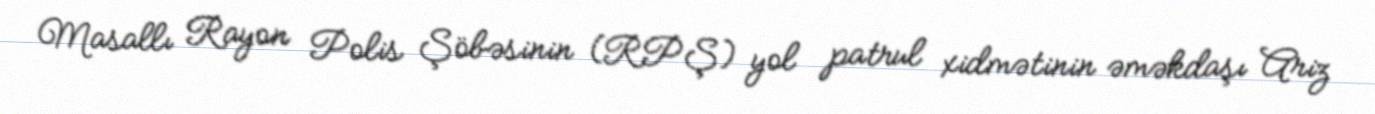
Masallı Rayon Polis Şöbəsinin (RPŞ) yol patrul xidmətinin əməkdaşı Ariz